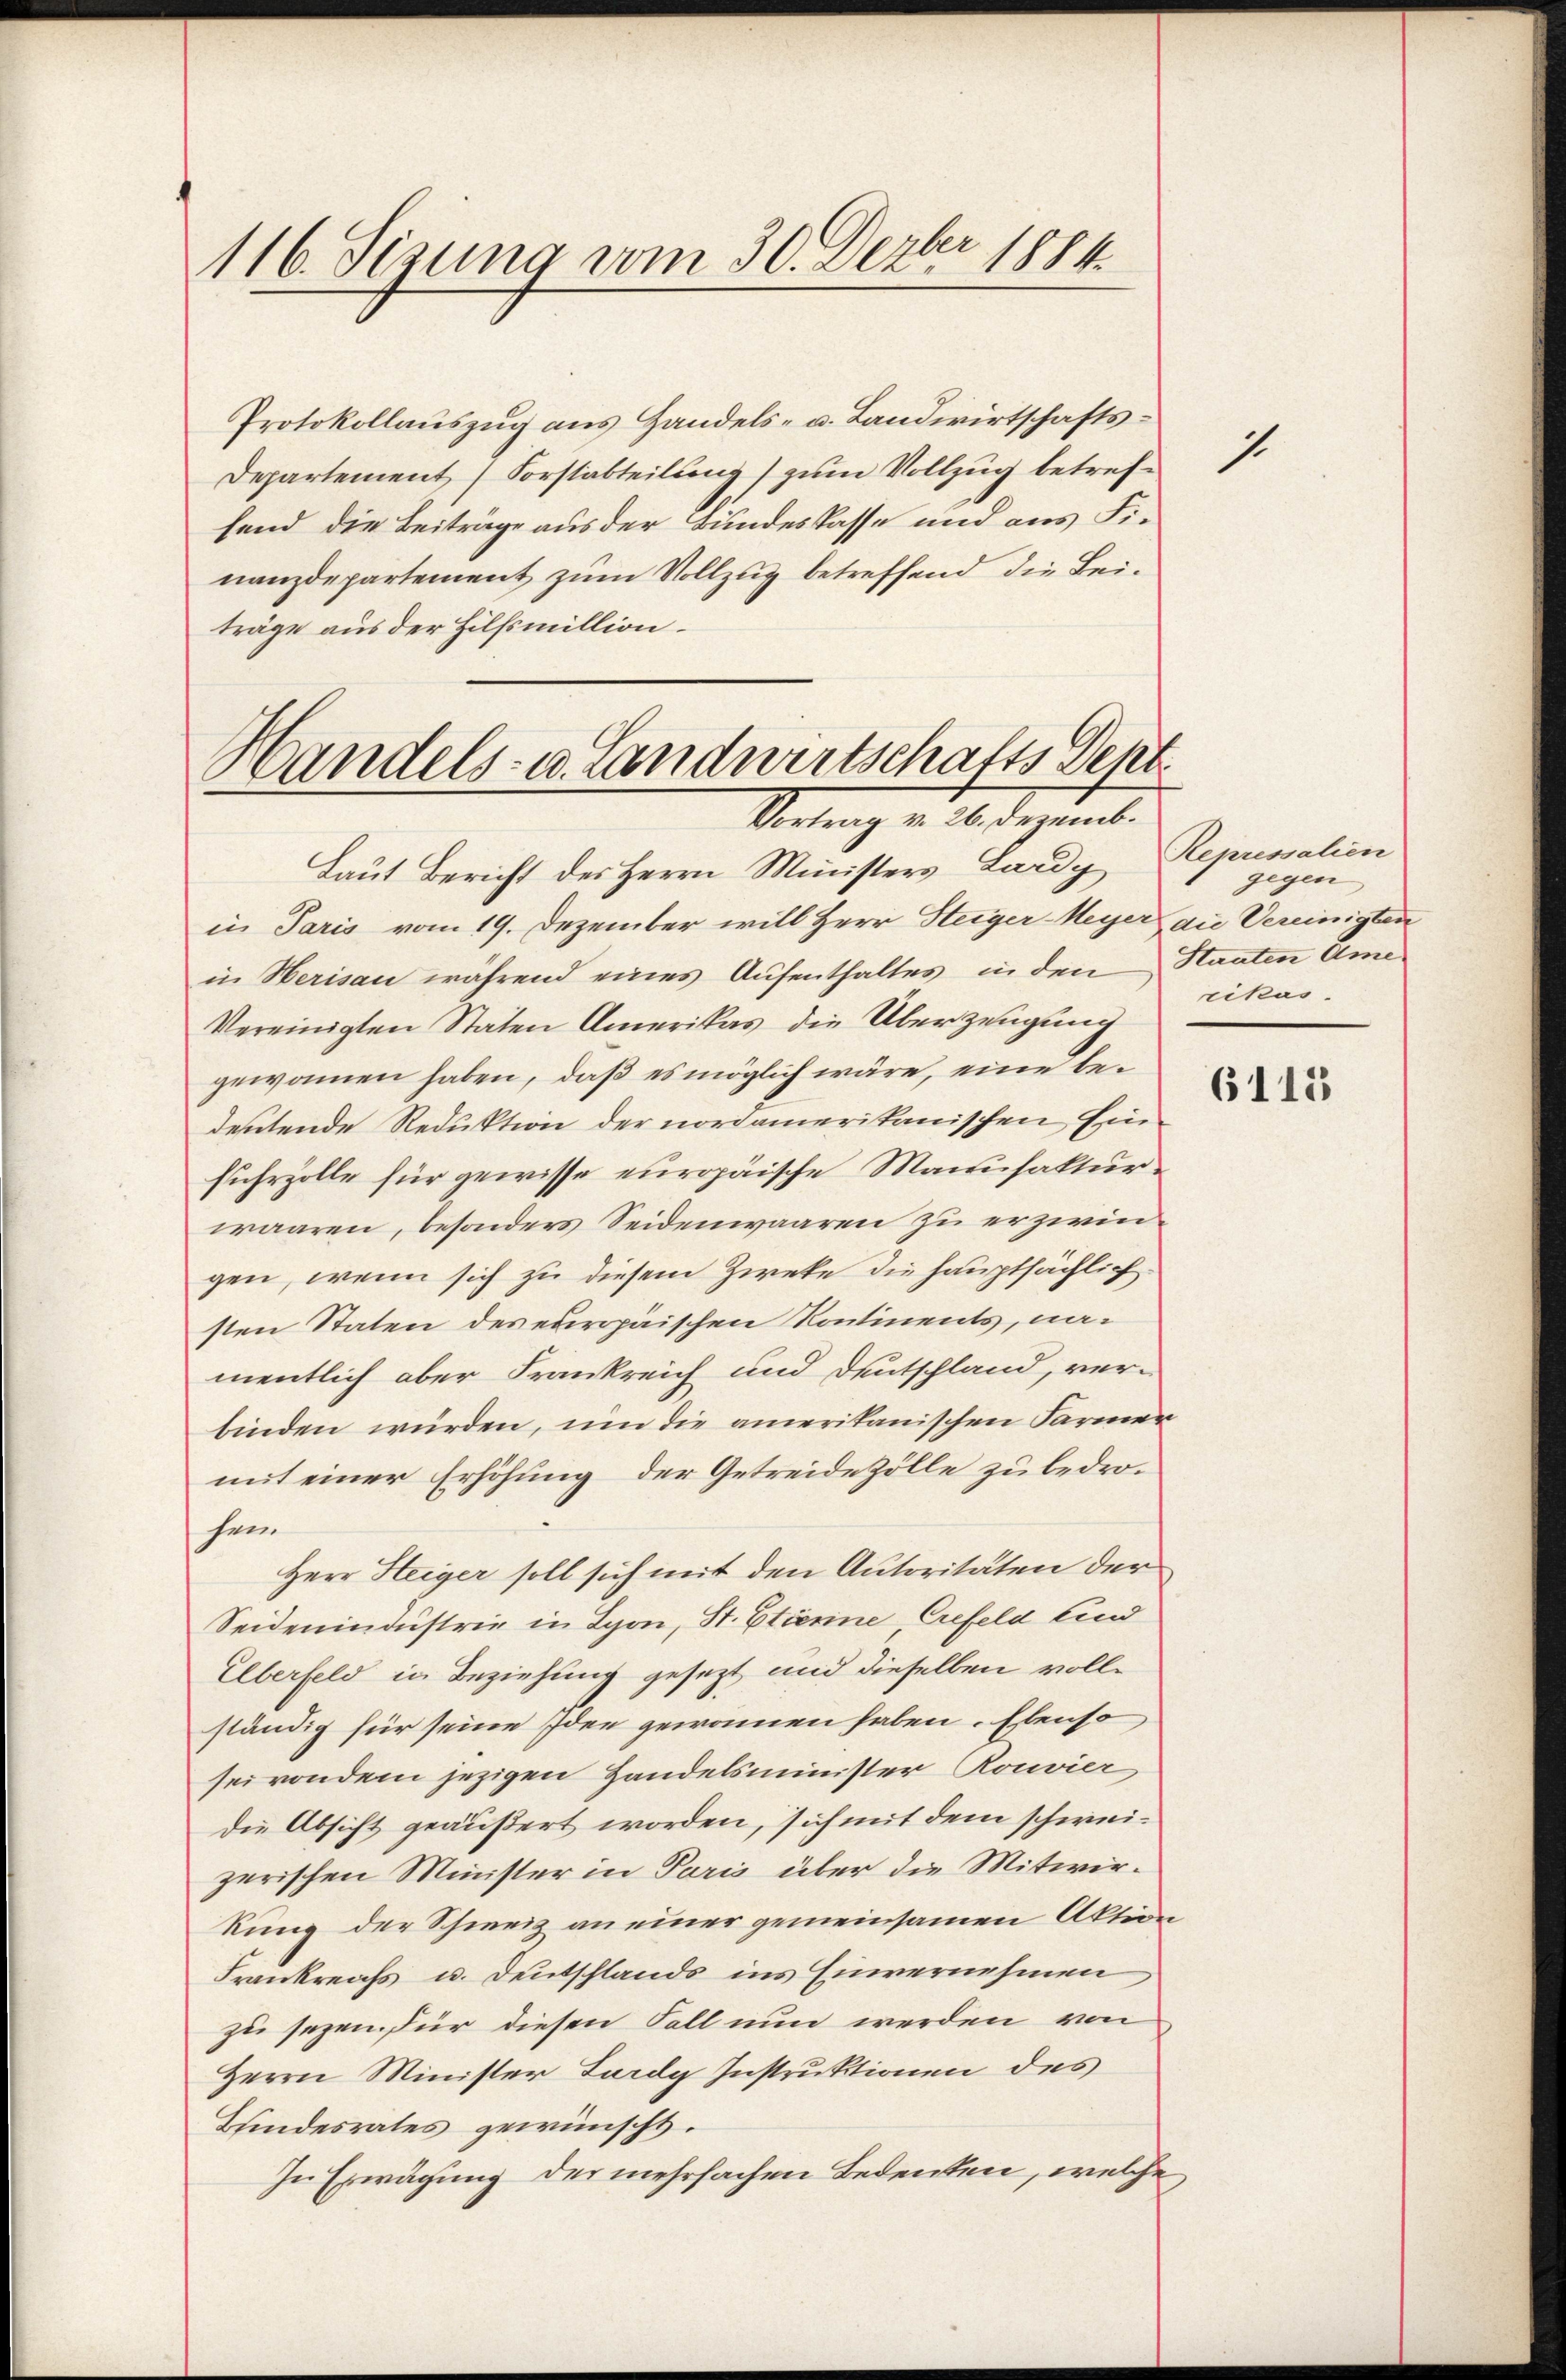
116. Sizung vom 30. Dezbr 1884.

Protokollauszug aus Handels- u. Landwirtschafts¬
Departement (Sorstabteilung) zum Vollzug betreffend die Beiträge aus der Bundeskasse und aus Finanzdepartement zum Vollzug betreffend die Beiträge aus der Hilfsmillion.
Handels- u. Landwirtschafts Sept.

Vortrag v. 26. Dezemb.

Laut Bericht des Herrn Ministers Lardy Repressalien
in Paris vom 19. Dezember will Herr Steiger-Meyer die Vereinigten
in Herisau während eines Aufenthaltes in den Staaten Ame¬
Vereinigten Staten Amerikas die Überzeugung
gewonnen haben, daß es möglich wäre, eine bedeutende Reduktion der nordamerikanischen Ein
fuhrzolle für gewisse europäische Manufakturwaaren, besonders Seidenwaaren zu erzwingen, wenn sich zu diesem Zweke die hauptsächlich
sten Staten des europäischen Kontinents, namentlich aber Frankreich und Deutschland, verbinden würden, um die amerikanischen Farmer
mit einer Erhöhung der Getreidezölle zu bedrosein
Herr Steiger soll sich mit den Autoritäten der
Seidenindustrie in Lyon, St. Etienne Crefeld Kind
Elberfeld in Beziehung gesezt, und dieselben vollständig für seine Idee gewonnen haben. Ebenso
sei von dem jezigen Handelsminister Rouvier,
die Absicht geäußert worden, sich mit dem schweizerischen Minister in Paris über die Mitwirkung der Schweiz an einer gemeinsamen Aktion
Frankreichs u. Deutschlands ins Einvernehmen
zu sezen für diesen Fall nun werden von
Herrn Minister Lardy Instruktionen des
Bundesrates gewünscht.
In Erwägung der mehrfachen Bedenken, welche

1

gegen
rikas.

6113